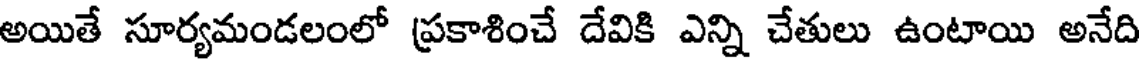
అయితే సూర్యమండలంలో ప్రకాశించే దేవికి ఎన్ని చేతులు ఉంటాయి అనేది